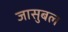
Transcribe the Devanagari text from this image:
जासुबल